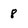
Character: 8